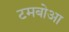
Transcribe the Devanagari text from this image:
टमबोआ